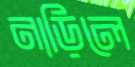
নাড়িলে